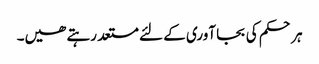
ہر حکم کی بجا آوری کے لئے مستعد رہتے ھیں۔